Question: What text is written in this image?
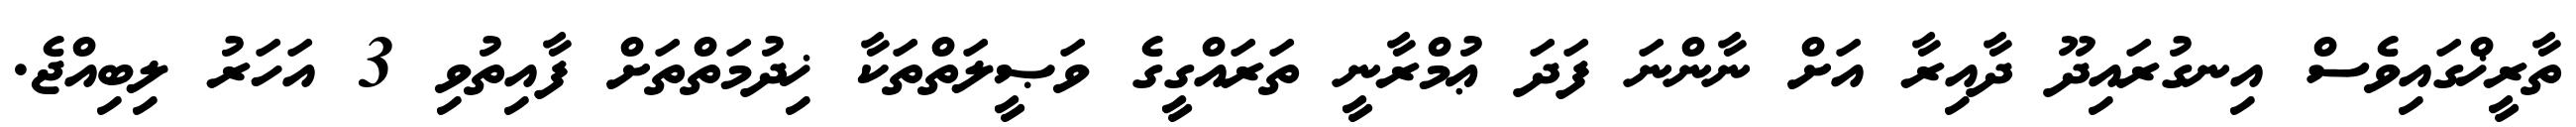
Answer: ތާރީޚްގައިވެސް އިނގުރައިދޫ ދާއިރާ އަށް ނާންނަ ފަދަ ޢުމްރާނީ ތަރައްގީގެ ވަޞީލަތްތަކާ ޚިދުމަތްތަށް ފާއިތުވި 3 އަހަރު ލިބިއްޖެ.